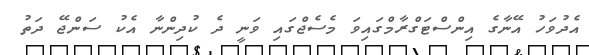
އެދުވަހު އޭނާގެ އިންސްޓަގްރާމްގައިވަ މެސެޖްގައި ވަނީ ދެ ކުދިންނާ އެކު ސަންޖޭ ދަތު